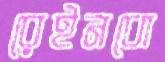
রেইনবো